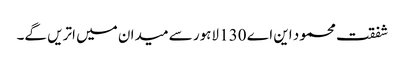
شفقت محمود این اے 130 لاہور سے میدان میں اتریں گے۔